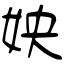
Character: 姎